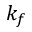
k _ { f }